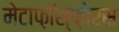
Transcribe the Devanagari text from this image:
मेटाफ़ॉस्फ़ोरस